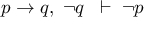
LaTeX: p \to q , \; \neg q \; \; \vdash \; \neg p